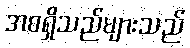
အစရှိသည်များသည်